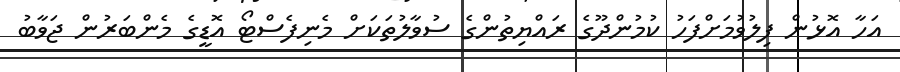
އަހާ އޮޅުން ފިލުވުމަށްފަހު ކުމުންދޫގެ ރައްޔިތުންގެ ސުވާލުތަކަށް މެނިފެސްޓޯ އޮޑީގެ މެންބަރުން ޖަވާބު